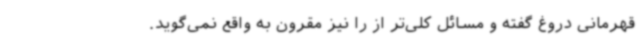
قهرمانی دروغ گفته و مسائل کلی‌تر از را نیز مقرون به واقع نمی‌گوید.